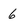
Character: 6